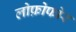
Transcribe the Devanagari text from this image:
लोफ़ोफोर